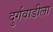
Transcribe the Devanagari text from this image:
दुर्गवाडीला